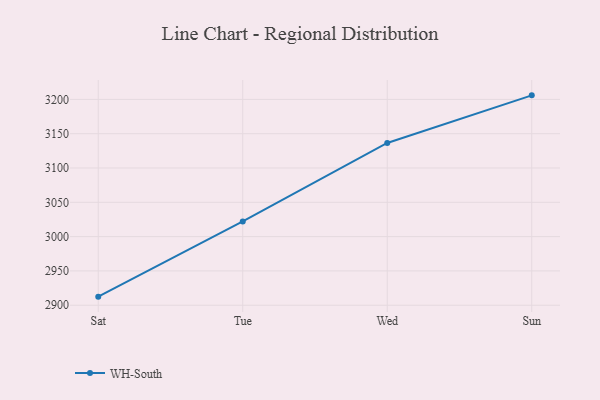
{"axis": {"x": "Day", "y": "Inventory Turnover"}, "legend": ["WH-South"], "data": [{"x": "Sat", "y": 2912.5, "type": "WH-South"}, {"x": "Tue", "y": 3022.2, "type": "WH-South"}, {"x": "Wed", "y": 3136.5, "type": "WH-South"}, {"x": "Sun", "y": 3205.9, "type": "WH-South"}]}